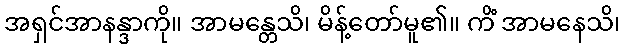
အရှင်အာနန္ဒာကို။ အာမန္တေသိ၊ မိန့်တော်မူ၏။ ကိံ အာမနေသိ၊